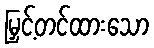
မြှင့်တင်ထားသော